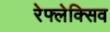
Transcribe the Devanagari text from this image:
रेफ्लेक्सिव